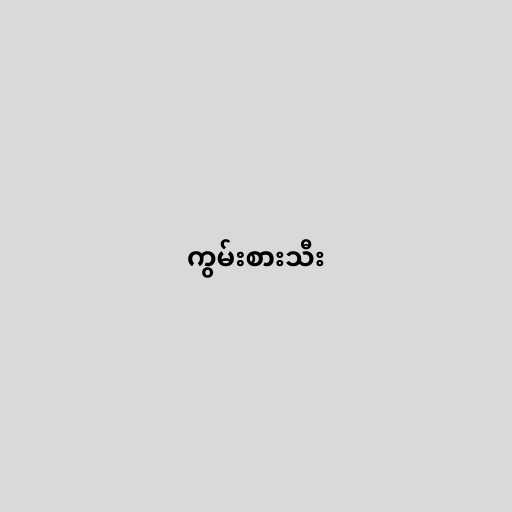
ကွမ်းစားသီး